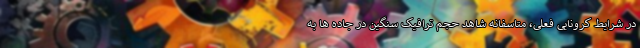
در شرایط کرونایی فعلی، متاسفانه شاهد حجم ترافیک سنگین در جاده ها به